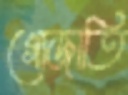
গোজাতি